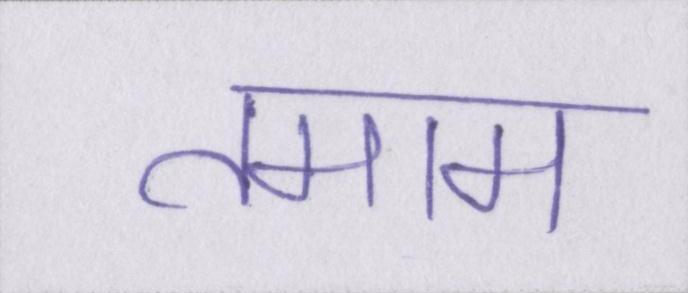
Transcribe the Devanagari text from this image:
तमाम